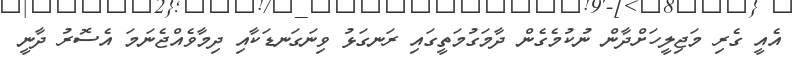
އެއީ ގެރި މަޖިލީހަށްދާން ނުކުމެގެން ދާމަގުމަތީގައި ރަނގަޅު ވިނަގަނޑަކާއި ދިމާވެއްޖެނަމަ އެސޮރު ދާނީ